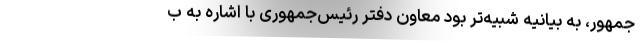
جمهور، به بیانیه شبیه‌تر بود معاون دفتر رئیس‌جمهوری با اشاره به ب